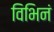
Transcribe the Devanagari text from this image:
विभिनं